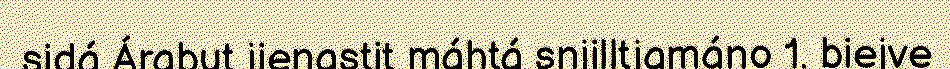
sidá Árabut jienastit máhtá snjilltjamáno 1. biejve